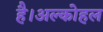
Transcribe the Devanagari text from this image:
है।अल्कोहल